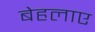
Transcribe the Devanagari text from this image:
बेहलाए